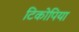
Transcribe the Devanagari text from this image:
टिकोपिया